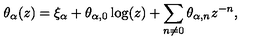
\theta _ { \alpha } ( z ) = \xi _ { \alpha } + \theta _ { \alpha , 0 } \log ( z ) + \sum _ { n \neq 0 } \theta _ { \alpha , n } z ^ { - n } ,